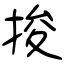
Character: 捘